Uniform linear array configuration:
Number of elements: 48
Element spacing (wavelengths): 0.75
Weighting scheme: hann
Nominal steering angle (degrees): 0
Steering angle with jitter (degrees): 0.008282
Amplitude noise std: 0.05
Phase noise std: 0.05

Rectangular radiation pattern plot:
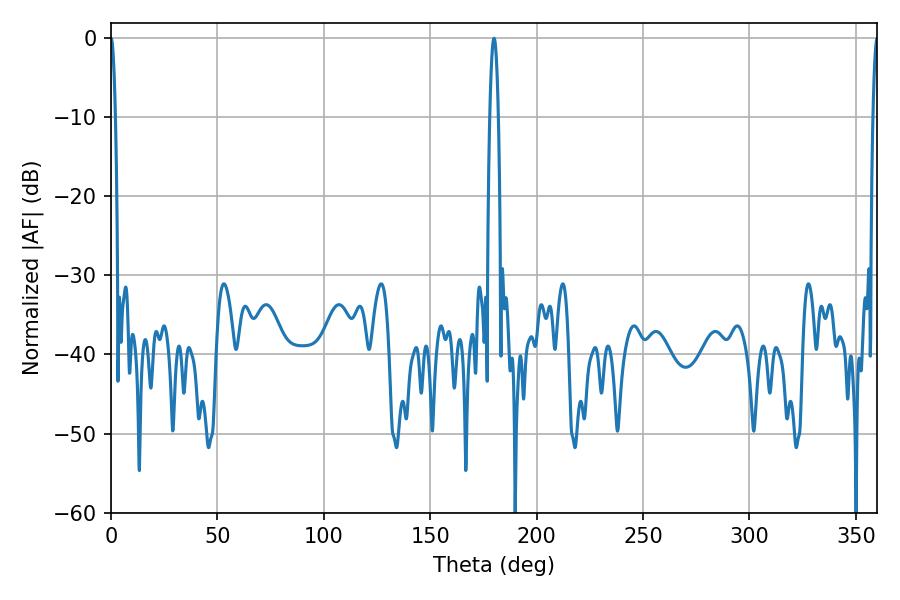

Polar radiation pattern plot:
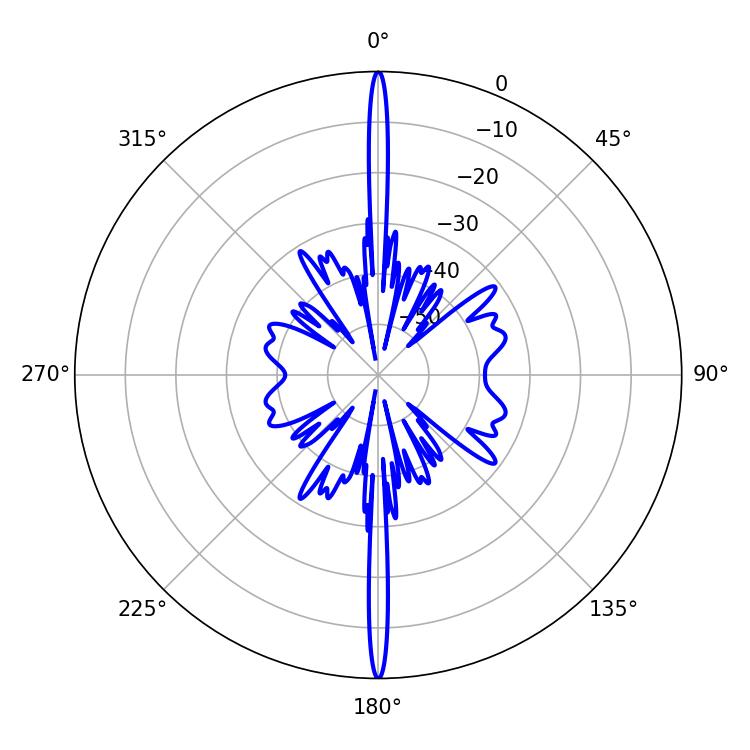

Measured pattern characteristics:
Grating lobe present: TRUE
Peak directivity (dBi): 39.924
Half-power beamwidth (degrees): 1.08
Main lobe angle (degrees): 0